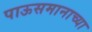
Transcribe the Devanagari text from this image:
पाऊसमानाच्या